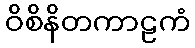
ဝိစိနိတကာဠကံ